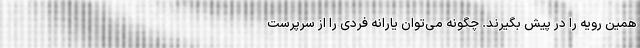
همین رویه را در پیش بگیرند. چگونه می‌توان یارانه فردی را از سرپرست